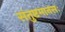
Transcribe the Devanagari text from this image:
संतुष्टमानसः